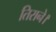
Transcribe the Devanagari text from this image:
तिराने।